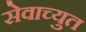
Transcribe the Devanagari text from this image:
सेवाच्युत